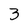
Character: 3